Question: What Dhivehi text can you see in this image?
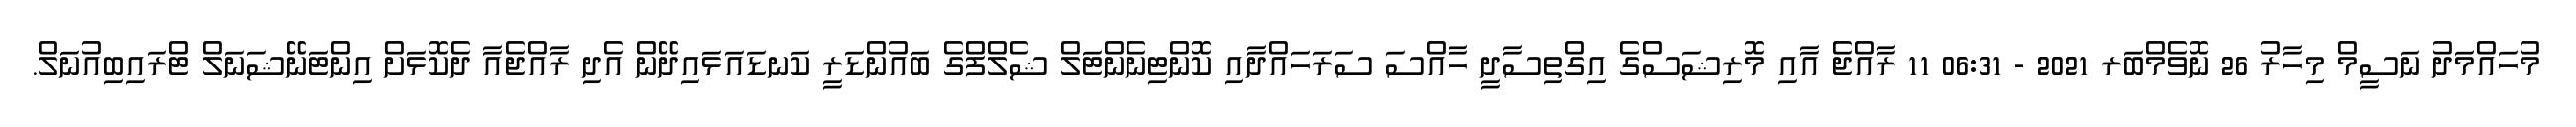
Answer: މުހައްމަދު ނަސީމް މިހާރު 26 ނޮވެމްބަރ 2021 - 06:31 11 ރާއްޖެ އާއި މޮރިޝަސްގެ އިގްތިސާދީ ހާއްސަ ސަރަހައްދާއި ކޮންޓިނެންޓަލް ޝެލްފްގެ ބައުންޑަރީ ކަނޑައަޅައިދޭން އެދި ރާއްޖެއާ ދެކޮޅަށް އިންޓަނޭޝަނަލް ޓްރައިބިއުނަލް.